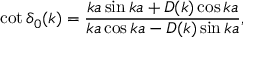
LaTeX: \cot \delta _ { 0 } ( k ) = \frac { k a \sin k a + D ( k ) \cos k a } { k a \cos k a - D ( k ) \sin k a } ,